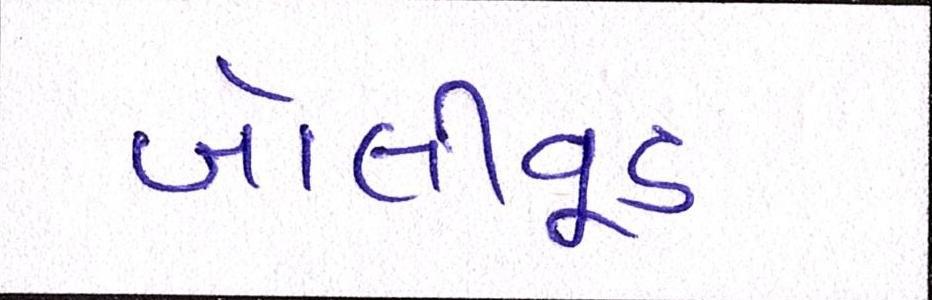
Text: બૉલીવૂડ